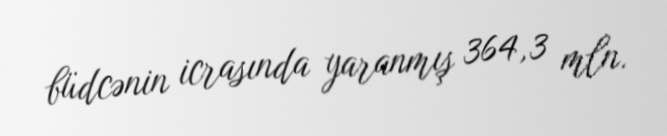
büdcənin icrasında yaranmış 364,3 mln.